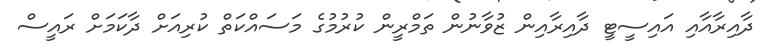
ދާއިރާއާއި އައިސީޓީ ދާއިރާއިން ޒުވާނުން ތަމްރީން ކުރުމުގެ މަސައްކަތް ކުރިއަށް ދާކަމަށް ރައީސް